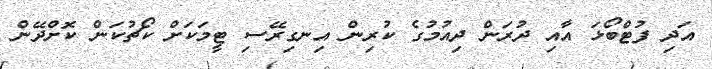
އަދި ފުޓްބޯޅަ އާއި ދުރަން ދިއުމުގެ ކުރިން އިނގިރޭސި ޓީމަކަށް ކޯޗުކަން ކޮށްދޭން